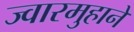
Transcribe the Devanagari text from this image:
ज्वारमुहाने